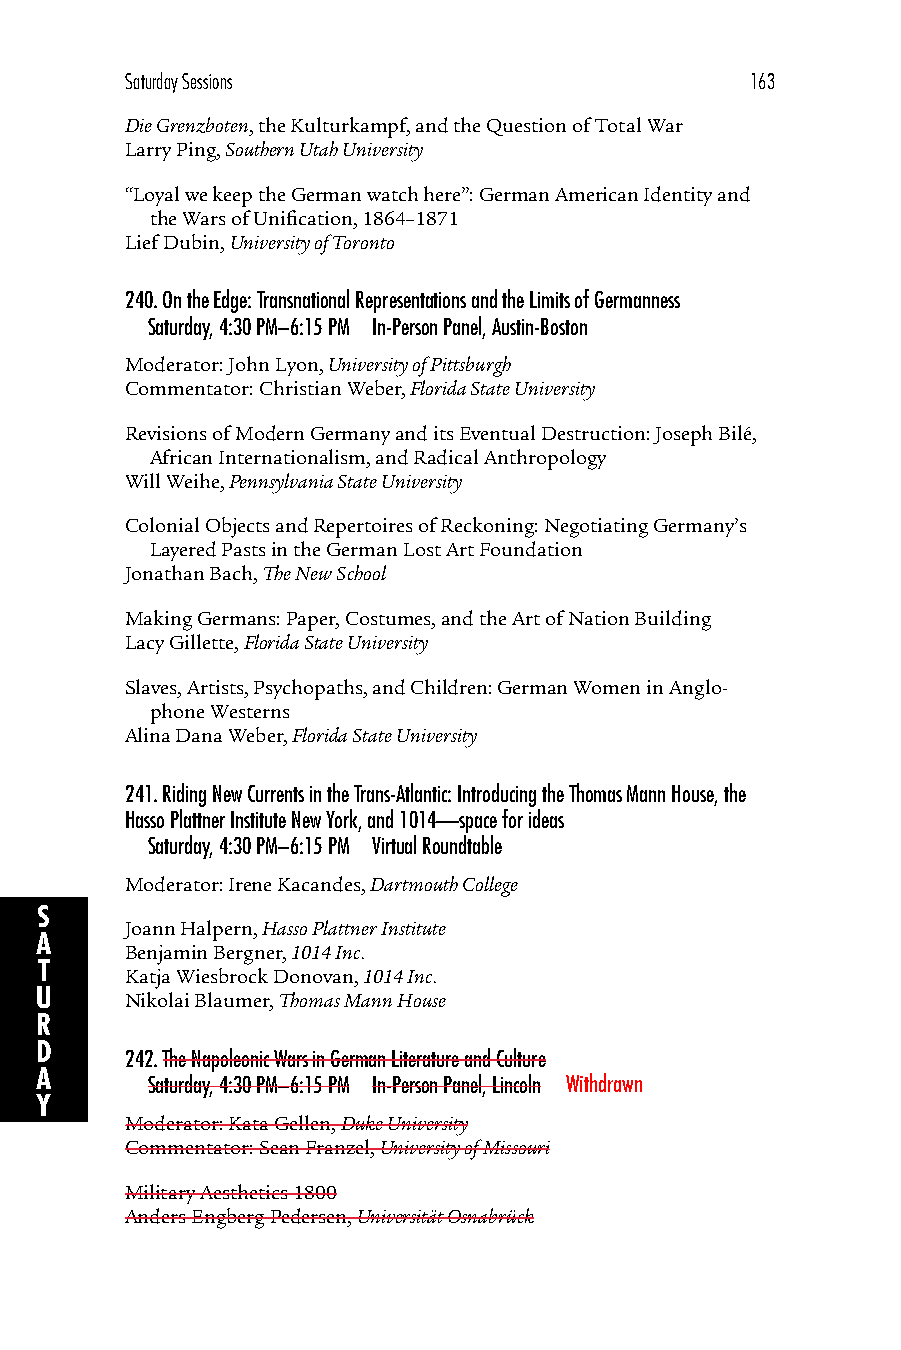
Saturday Sessions                         163
 Die Grenzboten, the Kulturkampf, and the Question of Total War
 Larry Ping, Southern Utah University
 “Loyal we keep the German watch here”: German American Identity and
 the Wars of Unification, 1864–1871
 Lief Dubin, University of Toronto
 240.On the Edge: Transnational Representations and the Limits of Germanness
 Saturday, 4:30 PM–6:15 PM In-Person Panel, Austin-Boston
 Moderator: John Lyon, University of Pittsburgh
 Commentator: Christian Weber, Florida State University
 Revisions of Modern Germany and its Eventual Destruction: Joseph Bilé,
 African Internationalism, and Radical Anthropology
 Will Weihe, Pennsylvania State University
 Colonial Objects and Repertoires of Reckoning: Negotiating Germany’s
 Layered Pasts in the German Lost Art Foundation
 Jonathan Bach, The New School
 Making Germans: Paper, Costumes, and the Art of Nation Building
 Lacy Gillette, Florida State University
 Slaves, Artists, Psychopaths, and Children: German Women in Anglo-
 phone Westerns
 Alina Dana Weber, Florida State University
 241.Riding New Currents in the Trans-Atlantic: Introducing the Thomas Mann House, the
 Hasso Plattner Institute New York, and 1014—space for ideas
 Saturday, 4:30 PM–6:15 PM Virtual Roundtable
 Moderator: Irene Kacandes, Dartmouth College
 S
 Joann Halpern, Hasso Plattner Institute
 A
 Benjamin Bergner, 1014 Inc.
 T
 Katja Wiesbrock Donovan, 1014 Inc.
 U     Nikolai Blaumer, Thomas Mann House
 R
 D
 242.The Napoleonic Wars in German Literature and Culture
 A
 Saturday, 4:30 PM–6:15 PM In-Person Panel, Lincoln Withdrawn
 Y
 Moderator: Kata Gellen, Duke University
 Commentator: Sean Franzel, University of Missouri
 Military Aesthetics 1800
 Anders Engberg-Pedersen, Universität Osnabrück